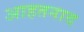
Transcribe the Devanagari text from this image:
आहतनाद